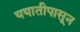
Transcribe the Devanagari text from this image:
ययातीपासून